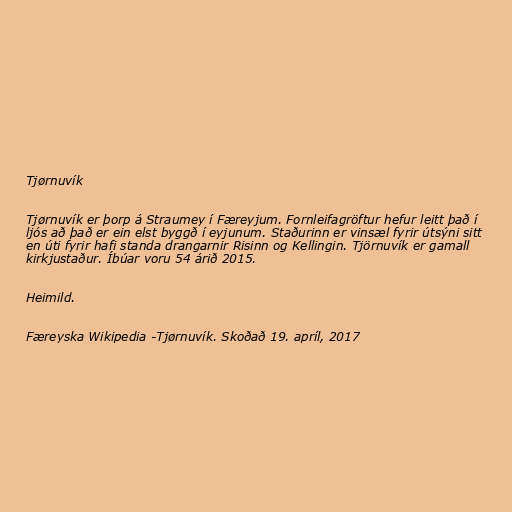
Tjørnuvík

Tjørnuvík er þorp á Straumey í Færeyjum. Fornleifagröftur hefur leitt það í
ljós að það er ein elst byggð í eyjunum. Staðurinn er vinsæl fyrir útsýni sitt
en úti fyrir hafi standa drangarnir Risinn og Kellingin. Tjörnuvík er gamall
kirkjustaður. Íbúar voru 54 árið 2015.

Heimild.

Færeyska Wikipedia -Tjørnuvík. Skoðað 19. apríl, 2017